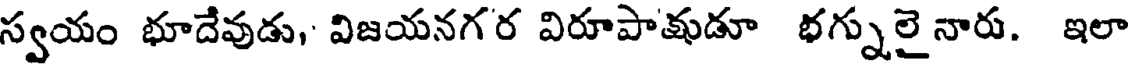
స్వయం భూదేవుడు, విజయనగర విరూపాకుడూ భగ్నులై నారు. ఇలా